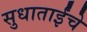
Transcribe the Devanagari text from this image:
सुधाताईंचे